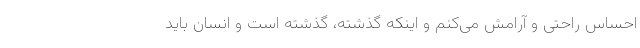
احساس راحتی و آرامش می‌کنم و اینکه گذشته، گذشته ‌است و انسان باید